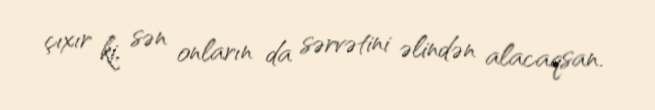
çıxır ki, sən onların da sərvətini əlindən alacaqsan.